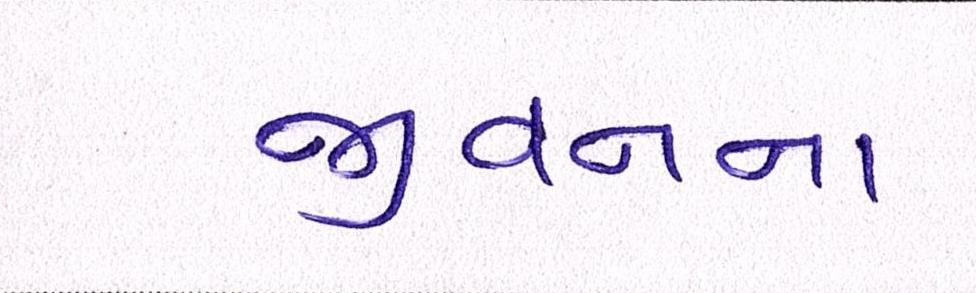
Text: જીવનના